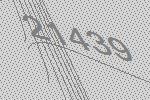
21439